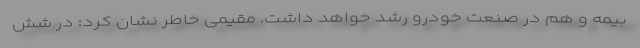
بیمه و هم در صنعت خودرو رشد خواهد داشت. مقیمی خاطر نشان کرد: در شش